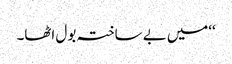
‘‘میں بے ساختہ بول اٹھا۔